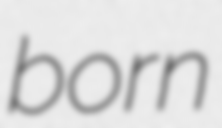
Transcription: born